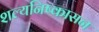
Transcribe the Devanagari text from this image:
शल्यनिष्कासन